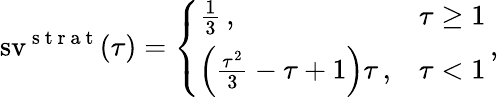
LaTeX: \operatorname{sv}^{\mathrm{~s~t~r~a~t~}}(\tau)=\left\{ \begin{array}{ll}{\frac 13\, ,}&{\tau\geq 1}\\ {\left(\frac{\tau^{2}}{3}-\tau+1\right)\tau\, ,}&{\tau<1}\end{array}\right.\, ,